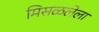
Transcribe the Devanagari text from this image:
मिसळलेला